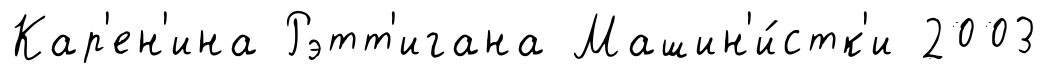
Кар'ен'ина Рэтт'игана Машин'и́стк'и 2003